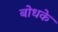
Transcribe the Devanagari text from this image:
बोधके